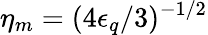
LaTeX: \eta_{m}=(4\epsilon_{q}/3)^{-1/2}